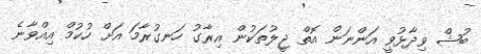
ބުޝް ވިދާޅުވީ އަންނަން އޮތް ޖީލުތަކުން އިރާގު ހަނގުރާމަ އަށް ހުކުމް އިއްވާނެ